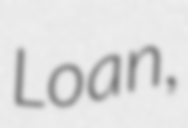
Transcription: Loan,